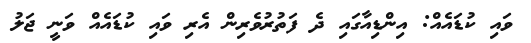
ވައި ކުޑައެއް: އިންޑިއާގައި ދެ ފަތުރުވެރިން އެރި ވައި ކުޑައެއް ވަނީ ޖަލު